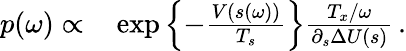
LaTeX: \begin{array}{rl}{p(\omega)\propto}&{{}\exp\left\{ -\frac{V(s(\omega))}{T_{s}}\right\} \frac{T_{x}/\omega}{\partial_{s}\Delta U(s)}\, .}\end{array}